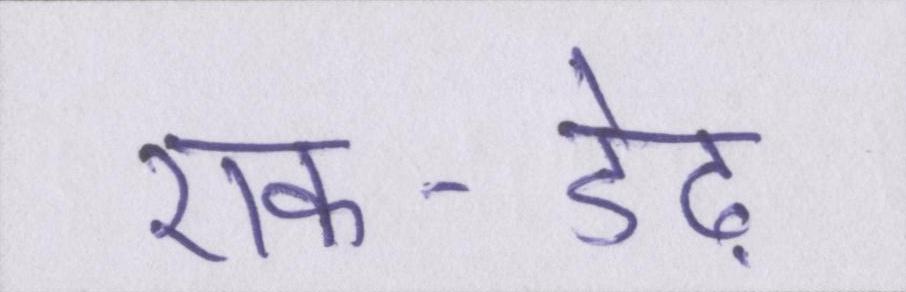
एक-डेढ़